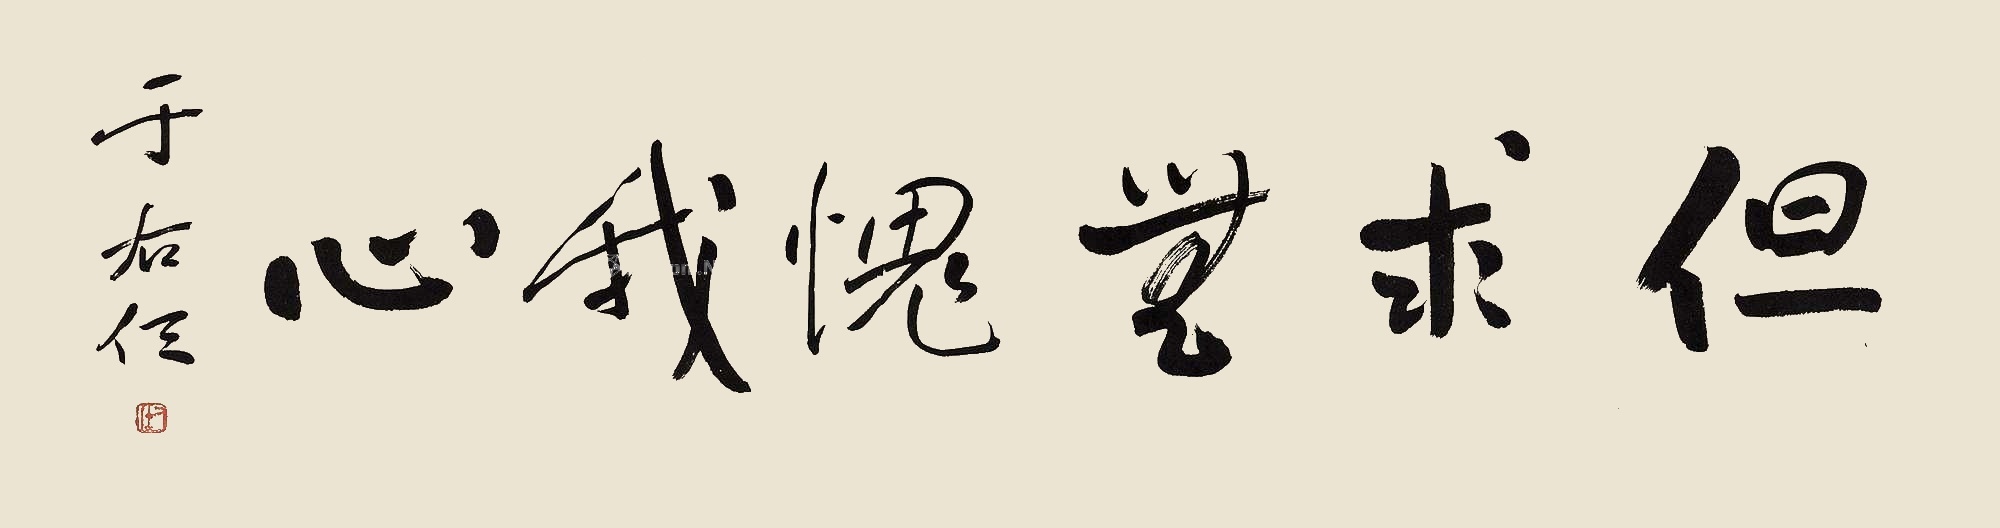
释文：但求无愧我心。于右任。